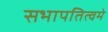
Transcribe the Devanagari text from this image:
सभापतित्वमे